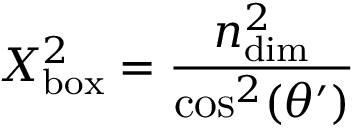
X _ { \mathrm { b o x } } ^ { 2 } = \frac { n _ { \mathrm { d i m } } ^ { 2 } } { \cos ^ { 2 } ( \theta ^ { \prime } ) }